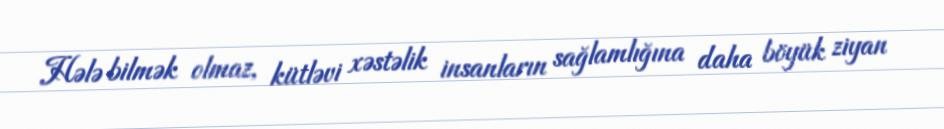
Hələ bilmək olmaz, kütləvi xəstəlik insanların sağlamlığına daha böyük ziyan